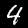
Label: 4